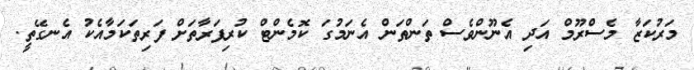
މަރުކަޒާ މެސްރޫމް އަދި އެނޫންވެސް ތަންތަން އެނަމުގަ ކޮމެންޓް ކުރިފަރާތަށް ފަރިތަކަމާއެކު އެނގޭތީ.